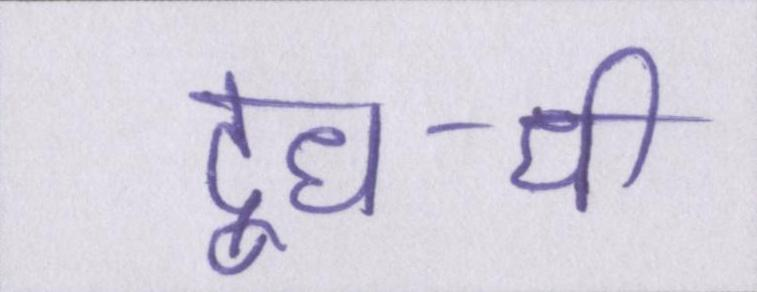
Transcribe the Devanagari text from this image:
दूध-घी